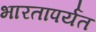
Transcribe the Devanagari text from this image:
भारतापर्यत